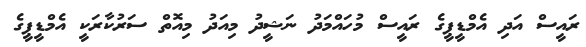
ރައީސް އަދި އެމްޑީޕީގެ ރައީސް މުހައްމަދު ނަޝީދު މިއަދު މިއޮތް ސަރުކާރަކީ އެމްޑީޕީގެ